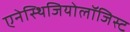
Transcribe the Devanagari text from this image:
एनेस्थिजियोलॉजिस्ट